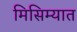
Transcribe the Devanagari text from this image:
मिसिम्यात